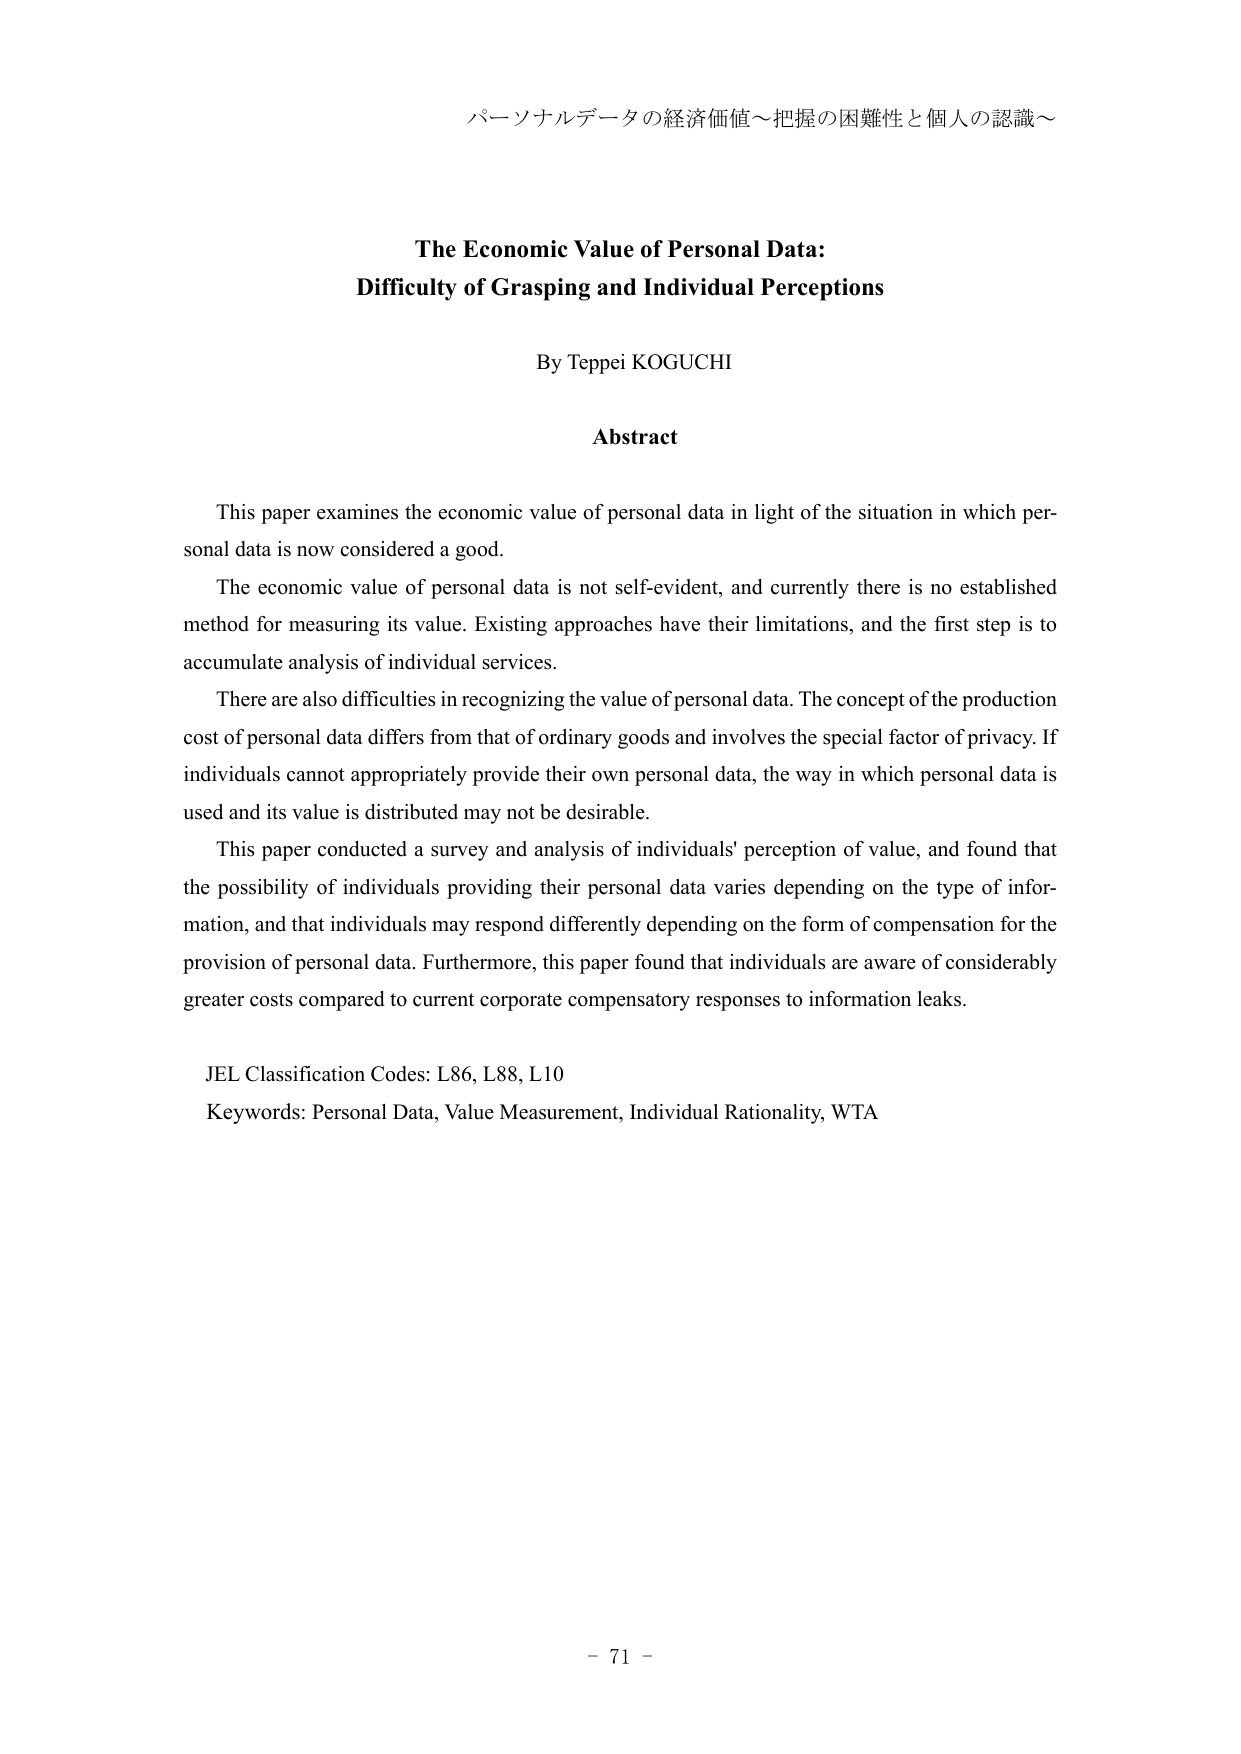
パーソナルデータの経済価値～把握の困難性と個人の認識～

The Economic Value of Personal Data:
Difficulty of Grasping and Individual Perceptions

By Teppei KOGUCHI

Abstract

This paper examines the economic value of personal data in light of the situation in which personal data is now considered a good.
The economic value of personal data is not self-evident, and currently there is no established method for measuring its value. Existing approaches have their limitations, and the first step is to accumulate analysis of individual services.
There are also difficulties in recognizing the value of personal data. The concept of the production cost of personal data differs from that of ordinary goods and involves the special factor of privacy. If individuals cannot appropriately provide their own personal data, the way in which personal data is used and its value is distributed may not be desirable.
This paper conducted a survey and analysis of individuals' perception of value, and found that the possibility of individuals providing their personal data varies depending on the type of information, and that individuals may respond differently depending on the form of compensation for the provision of personal data. Furthermore, this paper found that individuals are aware of considerably greater costs compared to current corporate compensatory responses to information leaks.

JEL Classification Codes: L86, L88, L10
Keywords: Personal Data, Value Measurement, Individual Rationality, WTA

- 71 -